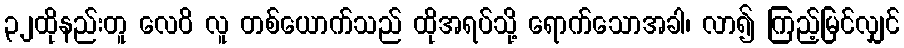
၃၂ထိုနည်းတူ လေဝိ လူ တစ်ယောက်သည် ထိုအရပ်သို့ ရောက်သောအခါ၊ လာ၍ ကြည့်မြင်လျှင်